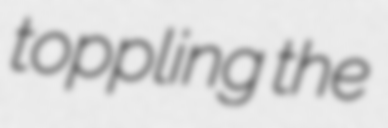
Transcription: toppling the